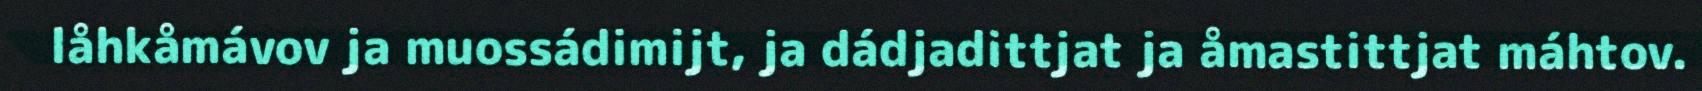
låhkåmávov ja muossádimijt, ja dádjadittjat ja åmastittjat máhtov.